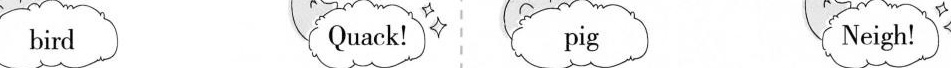
bird Quack! pig Neigh!